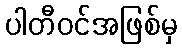
ပါတီဝင်အဖြစ်မှ